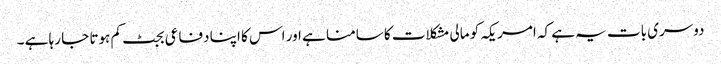
دوسری بات یہ ہے کہ امریکہ کو مالی مشکلات کا سامنا ہے اور اس کا اپنا دفاعی بجٹ کم ہوتا جا رہا ہے ۔